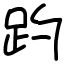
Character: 趵